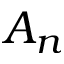
A _ { n }